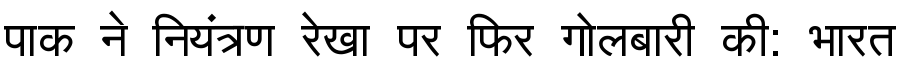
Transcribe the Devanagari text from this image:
पाक ने नियंत्रण रेखा पर फिर गोलबारी की: भारत